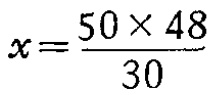
\(x=\frac{50\times 48}{30}\)